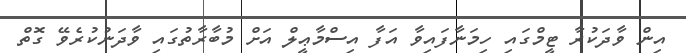
އިން ވާދަކުރާ ޓީމްގައި ހިމަނާފައިވާ އަފާ އިސްމާޢީލް އަށް މުބާރާތުގައި ވާދަނުކުރެވޭ ގޮތް